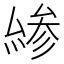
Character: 𠬊